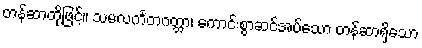
တန်ဆာတို့ဖြင့်။ သမလင်္ကတဂတ္တာ၊ ကောင်းစွာဆင်အပ်သော တန်ဆာရှိသော